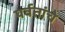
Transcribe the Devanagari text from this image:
पर्वतांचे